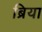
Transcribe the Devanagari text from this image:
ब्रिया